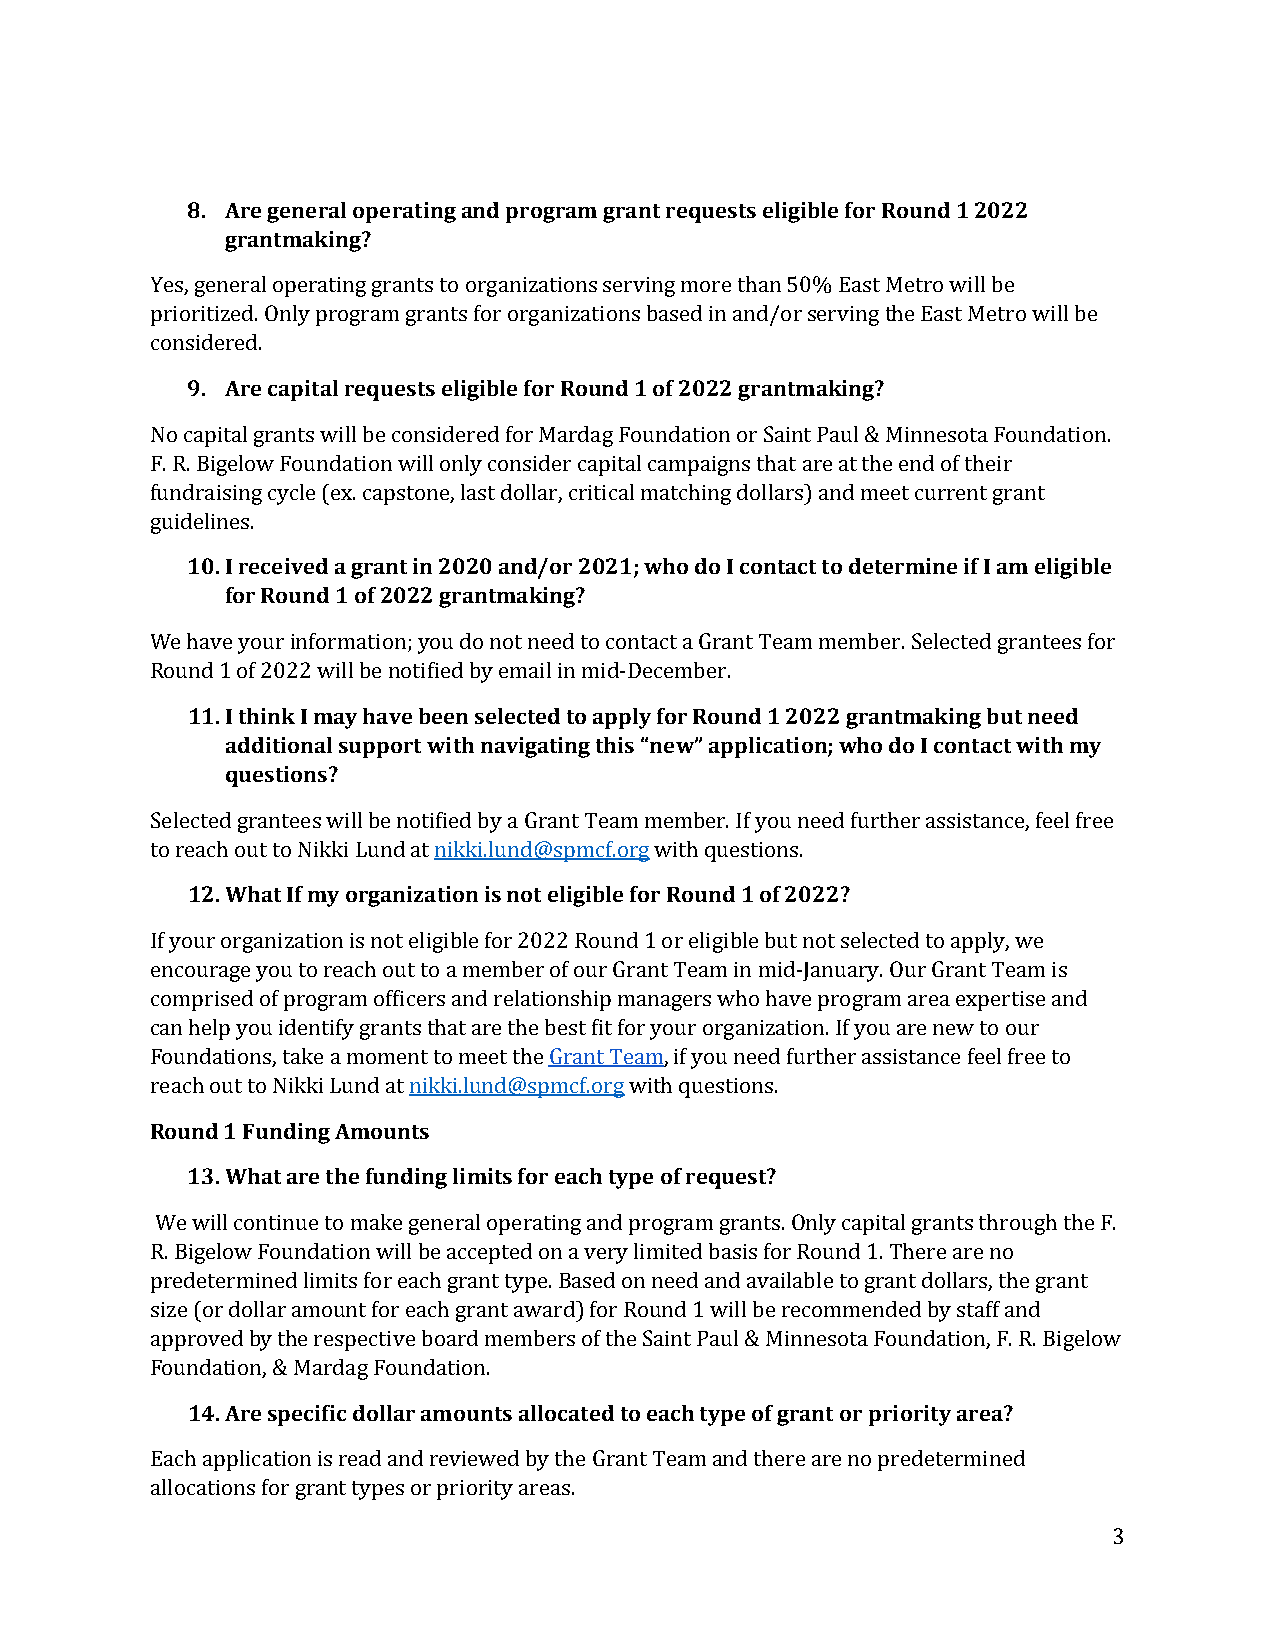
8. Are general operating and program grant requests eligible for Round 1 2022
 grantmaking?
 Yes, general operating grants to organizations serving more than 50% East Metro will be
 prioritized. Only program grants for organizations based in and/or serving the East Metro will be
 cons9i.d eArerde. c apital requests eligible for Round 1 of 2022 grantmaking?
 No capital grants will be considered for Mardag Foundation or Saint Paul & Minnesota Foundation.
 F. R. Bigelow Foundation will only consider capital campaigns that are at the end of their
 fundraising cycle (ex. capstone, last dollar, critical matching dollars) and meet current grant
 guid1e0li.n Ie rse. ceived a grant in 2020 and/or 2021; who do I contact to determine if I am eligible
 for Round 1 of 2022 grantmaking?
 We have your information; you do not need to contact a Grant Team member. Selected grantees for
 Rou1n1d .1 I othf i2n0k2 2I mwailyl bhea nvoet bifeieedn b sye leemctaeild i nto m aipdp-Dlye cfeomr Rbeoru. n d 1 2022 grantmaking but need
 additional support with navigating this “new” application; who do I contact with my
 questions?
 Selected grantees will be notified by a Grant Team member. If you need further assistance, feel free
 to re1a2c.h W ouhta tto I fN mikyk io Lrugnand iazta ntiioknki .ilsu nndo@t eslpigmibcfl.eo rfog rw Ritohu qnude s1t ioofn 2s0. 22?
 If your organization is not eligible for 2022 Round 1 or eligible but not selected to apply, we
 encourage you to reach out to a member of our Grant Team in mid-January. Our Grant Team is
 comprised of program officers and relationship managers who have program area expertise and
 can help you identify grants that are the best fit for your organization. If you are new to our
 Foundations, take a moment to meet the Grant Team, if you need further assistance feel free to
 rReoaucnh do u1t Ftou nNdikinkgi L Aumndo uatn ntsik ki.lund@spmcf.org with questions.
 13. What are the funding limits for each type of request?
 We will continue to make general operating and program grants. Only capital grants through the F.
 R. Bigelow Foundation will be accepted on a very limited basis for Round 1.There are no
 predetermined limits for each grant type. Based on need and available to grant dollars, the grant
 size (or dollar amount for each grant award) for Round 1 will be recommended by staff and
 approved by the respective board members of the Saint Paul & Minnesota Foundation, F. R. Bigelow
 Foun1d4a. tAiorne , s&p eMcaifridca dgo Flolaurn admatoiounn. ts allocated to each type of grant or priority area?
 Each application is read and reviewed by the Grant Team and there are no predetermined
 allocations for grant types or priority areas.
 3